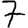
Digit: 7